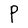
Character: P